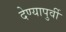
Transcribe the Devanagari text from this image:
देण्यापुर्वी